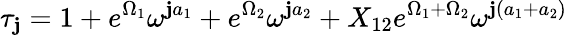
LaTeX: \tau_{\mathbf{j}}=1+e^{\Omega_{1}}\omega^{\mathbf{j}a_{1}}+e^{\Omega_{2}}\omega^{\mathbf{j}a_{2}}+X_{12}e^{\Omega_{1}+\Omega_{2}}\omega^{\mathbf{j}(a_{1}+a_{2})}